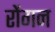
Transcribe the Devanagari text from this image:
रोंगन